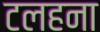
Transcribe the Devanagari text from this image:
टलहना